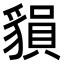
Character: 𧳷